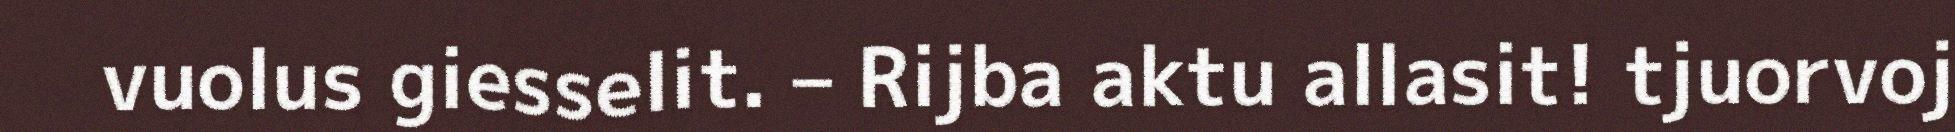
vuolus giesselit. – Rijba aktu allasit! tjuorvoj